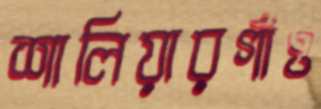
শালিয়ারগাঁও